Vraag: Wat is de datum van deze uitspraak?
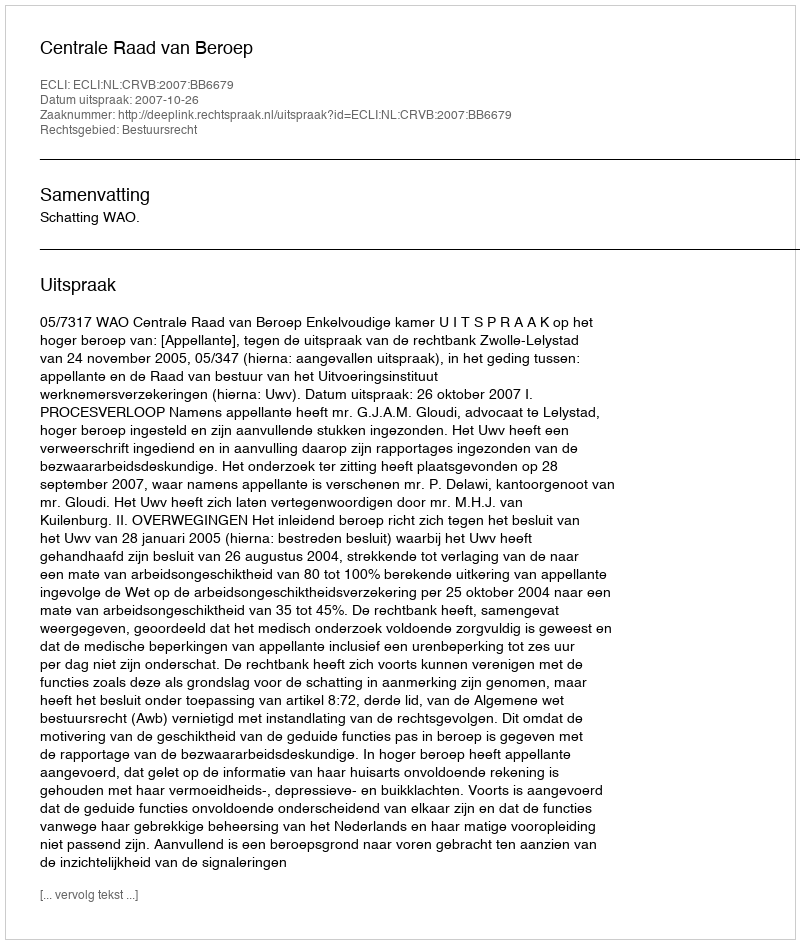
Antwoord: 2007-10-26